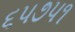
૬૫૭૫૧